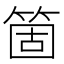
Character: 箇